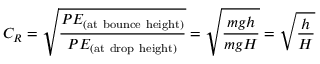
C _ { R } = { \sqrt { \frac { P E _ { \mathrm { ( a t ~ b o u n c e ~ h e i g h t ) } } } { P E _ { \mathrm { ( a t ~ d r o p ~ h e i g h t ) } } } } } = { \sqrt { \frac { m g h } { m g H } } } = { \sqrt { \frac { h } { H } } }